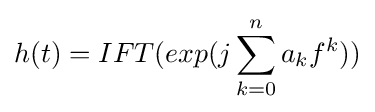
h(t)=IFT(exp(j\sum \limits _{k=0}^{n}a_{k}f^{k}))